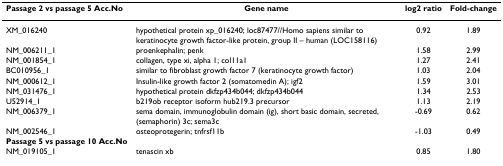
| Passage 2 vs passage 5 Acc.No | Gene name | log2 ratio | Fold-change |
 | --- | --- | --- | --- |
 | XM_016240 | hypothetical protein xp_016240; loc87477//Homo sapiens similar to keratinocyte growth factor-like protein, group II – human (LOC158116) | 0.92 | 1.89 |
 | NM_006211_1 | proenkephalin; penk | 1.58 | 2.99 |
 | NM_001854_1 | collagen, type xi, alpha 1; col11a1 | 1.27 | 2.41 |
 | BC010956_1 | similar to fibroblast growth factor 7 (keratinocyte growth factor) | 1.03 | 2.04 |
 | NM_000612_1 | Insulin-like growth factor 2 (somatomedin A); igf2 | 1.59 | 3.01 |
 | NM_031476_1 | hypothetical protein dkfzp434b044; dkfzp434b044 | 1.34 | 2.53 |
 | U52914_1 | b219ob receptor isoform hub219.3 precursor | 1.13 | 2.19 |
 | NM_006379_1 | sema domain, immunoglobulin domain (ig), short basic domain, secreted, (semaphorin) 3c; sema3c | -0.69 | 0.62 |
 | NM_002546_1 | osteoprotegerin; tnfrsf11b | -1.03 | 0.49 |
 | Passage 5 vs passage 10 Acc.No |  |  |  |
 | NM_019105_1 | tenascin xb | 0.85 | 1.80 |